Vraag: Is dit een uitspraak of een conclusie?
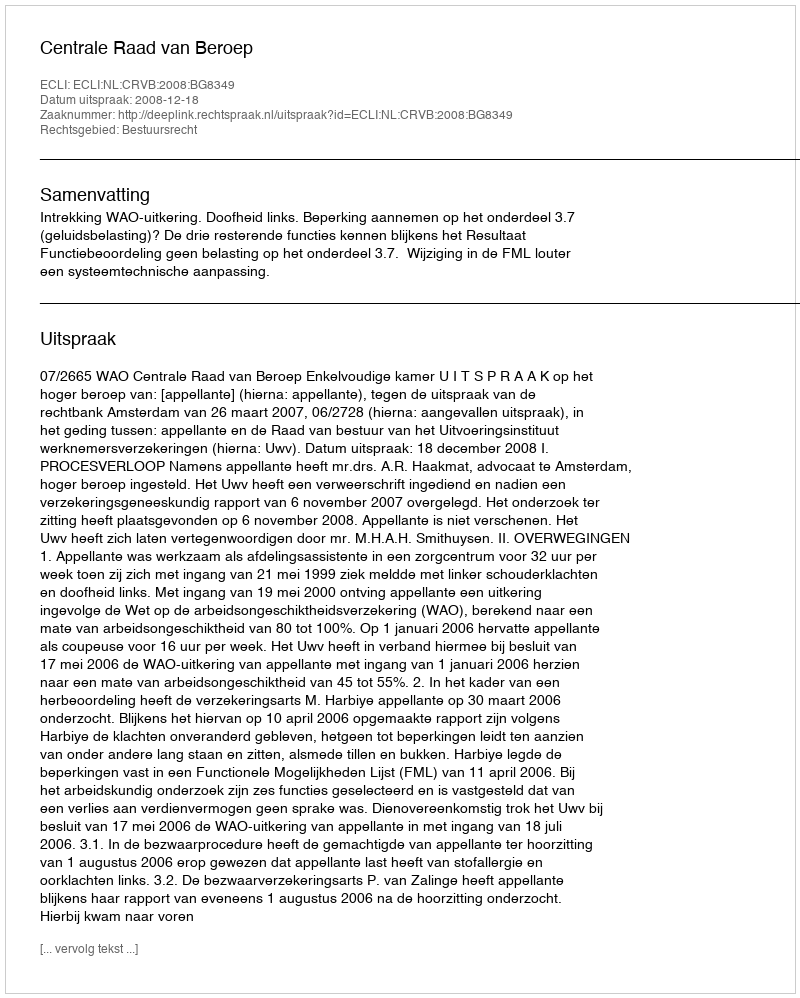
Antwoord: Uitspraak